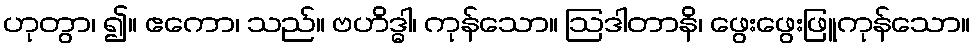
ဟုတွာ၊ ၍။ ဧကော၊ သည်။ ဗဟိဒ္ဓါ၊ ကုန်သော။ ဩဒါတာနိ၊ ဖွေးဖွေးဖြူကုန်သော။